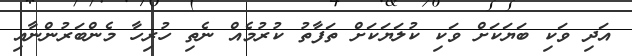
އަދި ވަކި ބަޔަކަށް ވަކި ކުލަޔަކަށް ތަފާތު ކުުރުމެއް ނެތި ހުރިހާ މެންބަރުންނާއި